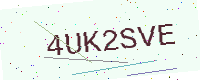
Text: 4UK2SVE